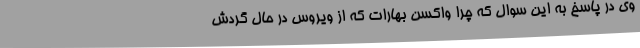
وی در پاسخ به این سوال که چرا واکسن بهارات که از ویروس در حال گردش